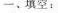
一、填空：